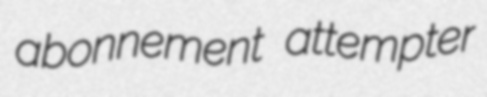
abonnement attempter